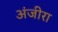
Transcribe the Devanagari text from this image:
अंजीरा